Report of the Indian Hemp Drugs Commission, 1894-1895 - Volume IV
Year: 1894
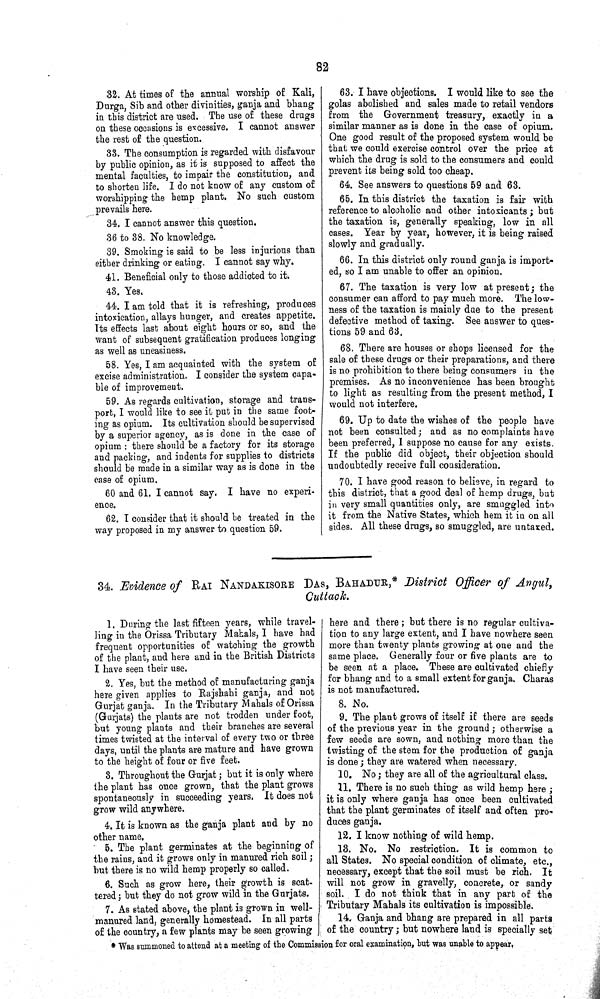
82
32. At times of the annual worship of Kali,
Durga, Sib and other divinities, ganja and bhang
in this district are used. The use of these drugs
on these occasions is excessive. I cannot answer
the rest of the question.
33. The consumption is regarded with disfavour
by public opinion, as it is supposed to affect the
mental faculties, to impair the constitution, and
to shorten life. I do not know of any custom of
worshipping the hemp plant. No such custom
prevails here.
34. I cannot answer this question.
36 to 38. No knowledge.
39. Smoking is said to be less injurious than
either drinking or eating. I cannot say why.
41. Beneficial only to those addicted to it.
43. Yes.
44. I am told that it is refreshing, produces
intoxication, allays hunger, and creates appetite.
Its effects last about eight hours or so, and the
want of subsequent gratification produces longing
as well as uneasiness.
58. Yes, I am acquainted with the system of
excise administration. I consider the system capa¬
ble of improvement.
59. As regards cultivation, storage and trans¬
port, I would like to see it put in the same foot¬
ing as opium. Its cultivation should be supervised
by a superior agency, as is done in the case of
opium: there should be a factory for its storage
and packing, and indents for supplies to districts
should be made in a similar way as is done in the
case of opium.
60 and 61. I cannot say. I have no experi¬
ence.
62. I consider that it should be treated in the
way proposed in my answer to question 59.
63. I have objections. I would like to see the
golas abolished and sales made to retail vendors
from the Government treasury, exactly in a
similar manner as is done in the case of opium.
One good result of the proposed system would be
that we could exercise control over the price at
which the drug is sold to the consumers and could
prevent its being sold too cheap.
64. See answers to questions 59 and 63.
65. In this district the taxation is fair with
reference to alcoholic and other intoxicants; but
the taxation is, generally speaking, low in all
cases. Year by year, however, it is being raised
slowly and gradually.
66. In this district only round ganja is import¬
ed, so I am unable to offer an opinion.
67. The taxation is very low at present; the
consumer can afford to pay much more. The low-
ness of the taxation is mainly due to the present
defective method of taxing. See answer to ques¬
tions 59 and 63.
68. There are houses or shops licensed for the
sale of these drugs or their preparations, and there
is no prohibition to there being consumers in the
premises. As no inconvenience has been brought
to light as resulting from the present method, I
would not interfere.
69. Up to date the wishes of the people have
not been consulted; and as no complaints have
been preferred, I suppose no cause for any exists.
If the public did object, their objection should
undoubtedly receive full consideration.
70. I have good reason to believe, in regard to
this district, that a good deal of hemp drugs, but
in very small quantities only, are smuggled into
it from the Native States, which hem it in on all
sides. All these drugs, so smuggled, are untaxed.
34. Evidence of RAI NANDAKISORE DAS, BAHADUR,* District Officer of Angul,
Cuttack.
1. During the last fifteen years, while travel¬
ling in the Orissa Tributary Mahals, I have had
frequent opportunities of watching the growth
of the plant, and here and in the British Districts
I have seen their use.
2. Yes, but the method of manufacturing ganja
here given applies to Rajshahi ganja, and not
Gurjat ganja. In the Tributary Mahals of Orissa
(Gurjats) the plants are not trodden under foot,
but young plants and their branches are several
times twisted at the interval of every two or three
days, until the plants are mature and have grown
to the height of four or five feet.
3. Throughout the Gurjat; but it is only where
the plant has once grown, that the plant grows
spontaneously in succeeding years. It does not
grow wild anywhere.
4. It is known as the ganja plant and by no
other name.
5. The plant germinates at the beginning of
the rains, and it grows only in manured rich soil;
but there is no wild hemp properly so called.
6. Such as grow here, their growth is scat¬
tered; but they do not grow wild in the Gurjats.
7. As stated above, the plant is grown in well-
manured land, generally homestead. In all parts
of the country, a few plants may be seen growing
here and there; but there is no regular cultiva¬
tion to any large extent, and I have nowhere seen
more than twenty plants growing at one and the
same place. Generally four or five plants are to
be seen at a place. These are cultivated chiefly
for bhang and to a small extent for ganja. Charas
is not manufactured.
8. No.
9. The plant grows of itself if there are seeds
of the previous year in the ground; otherwise a
few seeds are sown, and nothing more than the
twisting of the stem for the production of ganja
is done; they are watered when necessary.
10. No; they are all of the agricultural class.
11. There is no such thing as wild hemp here;
it is only where ganja has once been cultivated
that the plant germinates of itself and often pro-
duces ganja.
12. I know nothing of wild hemp.
13. No. No restriction. It is common to
all States. No special condition of climate, etc.,
necessary, except that the soil must be rich. It
will not grow in gravelly, concrete, or sandy
soil. I do not think that in any part of the
Tributary Mahals its cultivation is impossible.
14. Ganja and bhang are prepared in all parts
of the country; but nowhere land is specially set
*Was summoned to attend at a meeting of the Commission for oral examination, but was unable to appear.